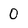
Character: O